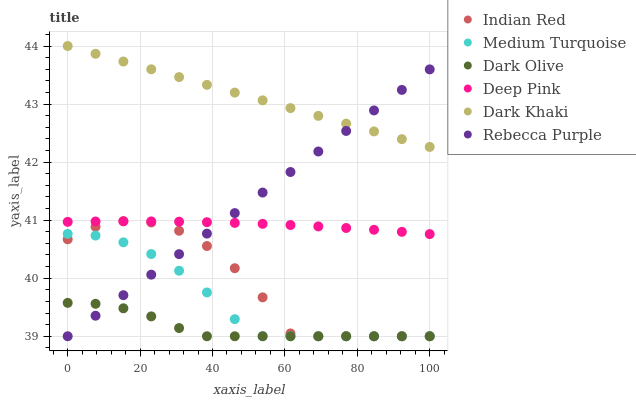
| xaxis_label | Indian Red | Medium Turquoise | Dark Olive | Deep Pink | Dark Khaki | Rebecca Purple |
 | --- | --- | --- | --- | --- | --- | --- |
 | 0 | 40.7 | 40.8 | 39.6 | 41 | 44 | 39 |
 | 7.69 | 40.9 | 40.7 | 39.6 | 41 | 43.9 | 39.4 |
 | 15.4 | 41 | 40.6 | 39.5 | 41 | 43.7 | 39.7 |
 | 23.1 | 41 | 40.4 | 39.3 | 41 | 43.6 | 40.1 |
 | 30.8 | 40.8 | 40.1 | 39.1 | 41 | 43.5 | 40.4 |
 | 38.5 | 40.6 | 39.8 | 39 | 41 | 43.3 | 40.8 |
 | 46.2 | 40.2 | 39.3 | 39 | 41 | 43.2 | 41.1 |
 | 53.8 | 39.7 | 39 | 39 | 40.9 | 43.1 | 41.5 |
 | 61.5 | 39 | 39 | 39 | 40.9 | 42.9 | 41.8 |
 | 69.2 | 39 | 39 | 39 | 40.9 | 42.8 | 42.2 |
 | 76.9 | 39 | 39 | 39 | 40.9 | 42.7 | 42.5 |
 | 84.6 | 39 | 39 | 39 | 40.8 | 42.5 | 42.9 |
 | 92.3 | 39 | 39 | 39 | 40.8 | 42.4 | 43.2 |
 | 100 | 39 | 39 | 39 | 40.8 | 42.3 | 43.6 |